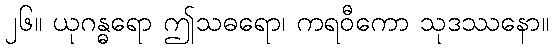
၂၆။ ယုဂန္ဓရော ဤသဓရော၊ ကရဝီကော သုဒဿနော။